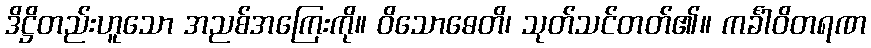
ဒိဋ္ဌိတည်းဟူသော အညစ်အကြေးကို။ ဝိသောဓေတိ၊ သုတ်သင်တတ်၏။ ကင်္ခါဝိတရဏ